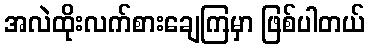
အလဲထိုးလက်စားချေကြမှာ ဖြစ်ပါတယ်